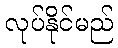
လုပ်နိုင်မည်